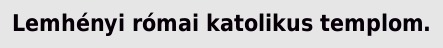
Lemhényi római katolikus templom.